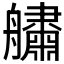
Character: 𦪺